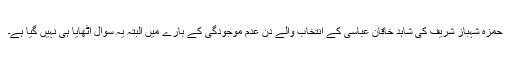
حمزہ شہباز شریف کی شاہد خاقان عباسی کے انتخاب والے دن عدم موجودگی کے بارے میں البتہ یہ سوال اٹھایا ہی نہیں گیا ہے۔